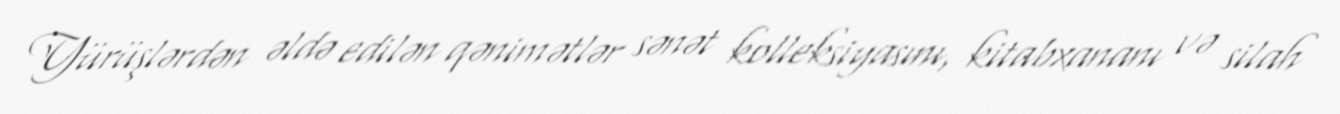
Yürüşlərdən əldə edilən qənimətlər sənət kolleksiyasını, kitabxananı və silah